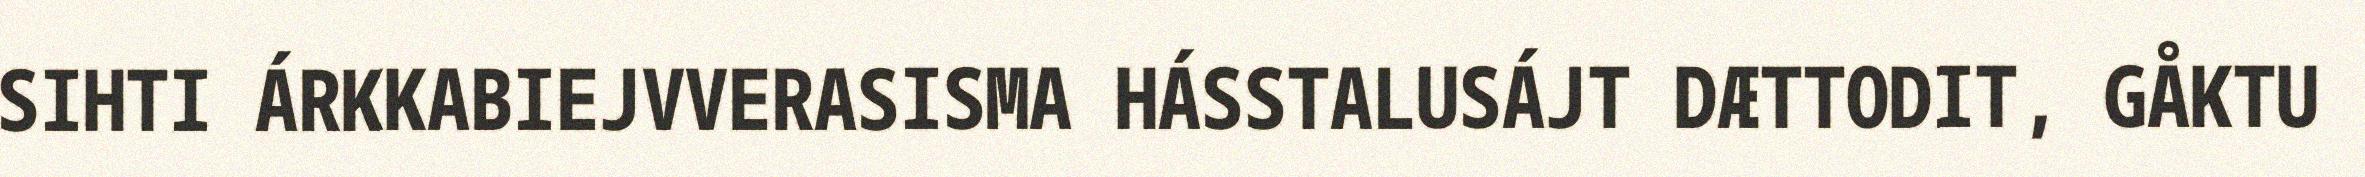
SIHTI ÁRKKABIEJVVERASISMA HÁSSTALUSÁJT DÆTTODIT, GÅKTU